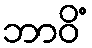
ဘာဝိံ